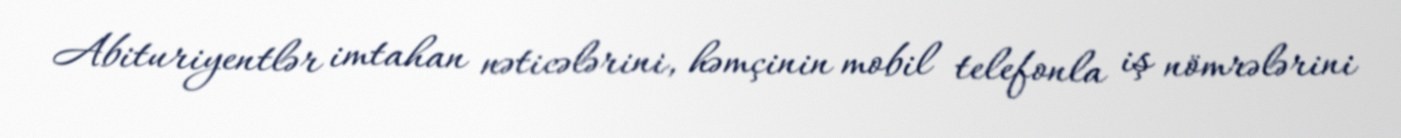
Abituriyentlər imtahan nəticələrini, həmçinin mobil telefonla iş nömrələrini